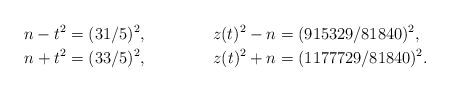
LaTeX: \begin{align*}n-t^{2} & =(31/5)^{2}, & z(t)^{2}-n & =(915329/81840)^{2},\\n+t^{2} & =(33/5)^{2}, & z(t)^{2}+n & =(1177729/81840)^{2}.\end{align*}